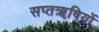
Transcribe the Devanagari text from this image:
सप्तॠषियों